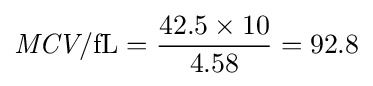
{\textit {MCV}}/{\textrm {fL}}={\frac {42.5\times 10}{4.58}}=92.8